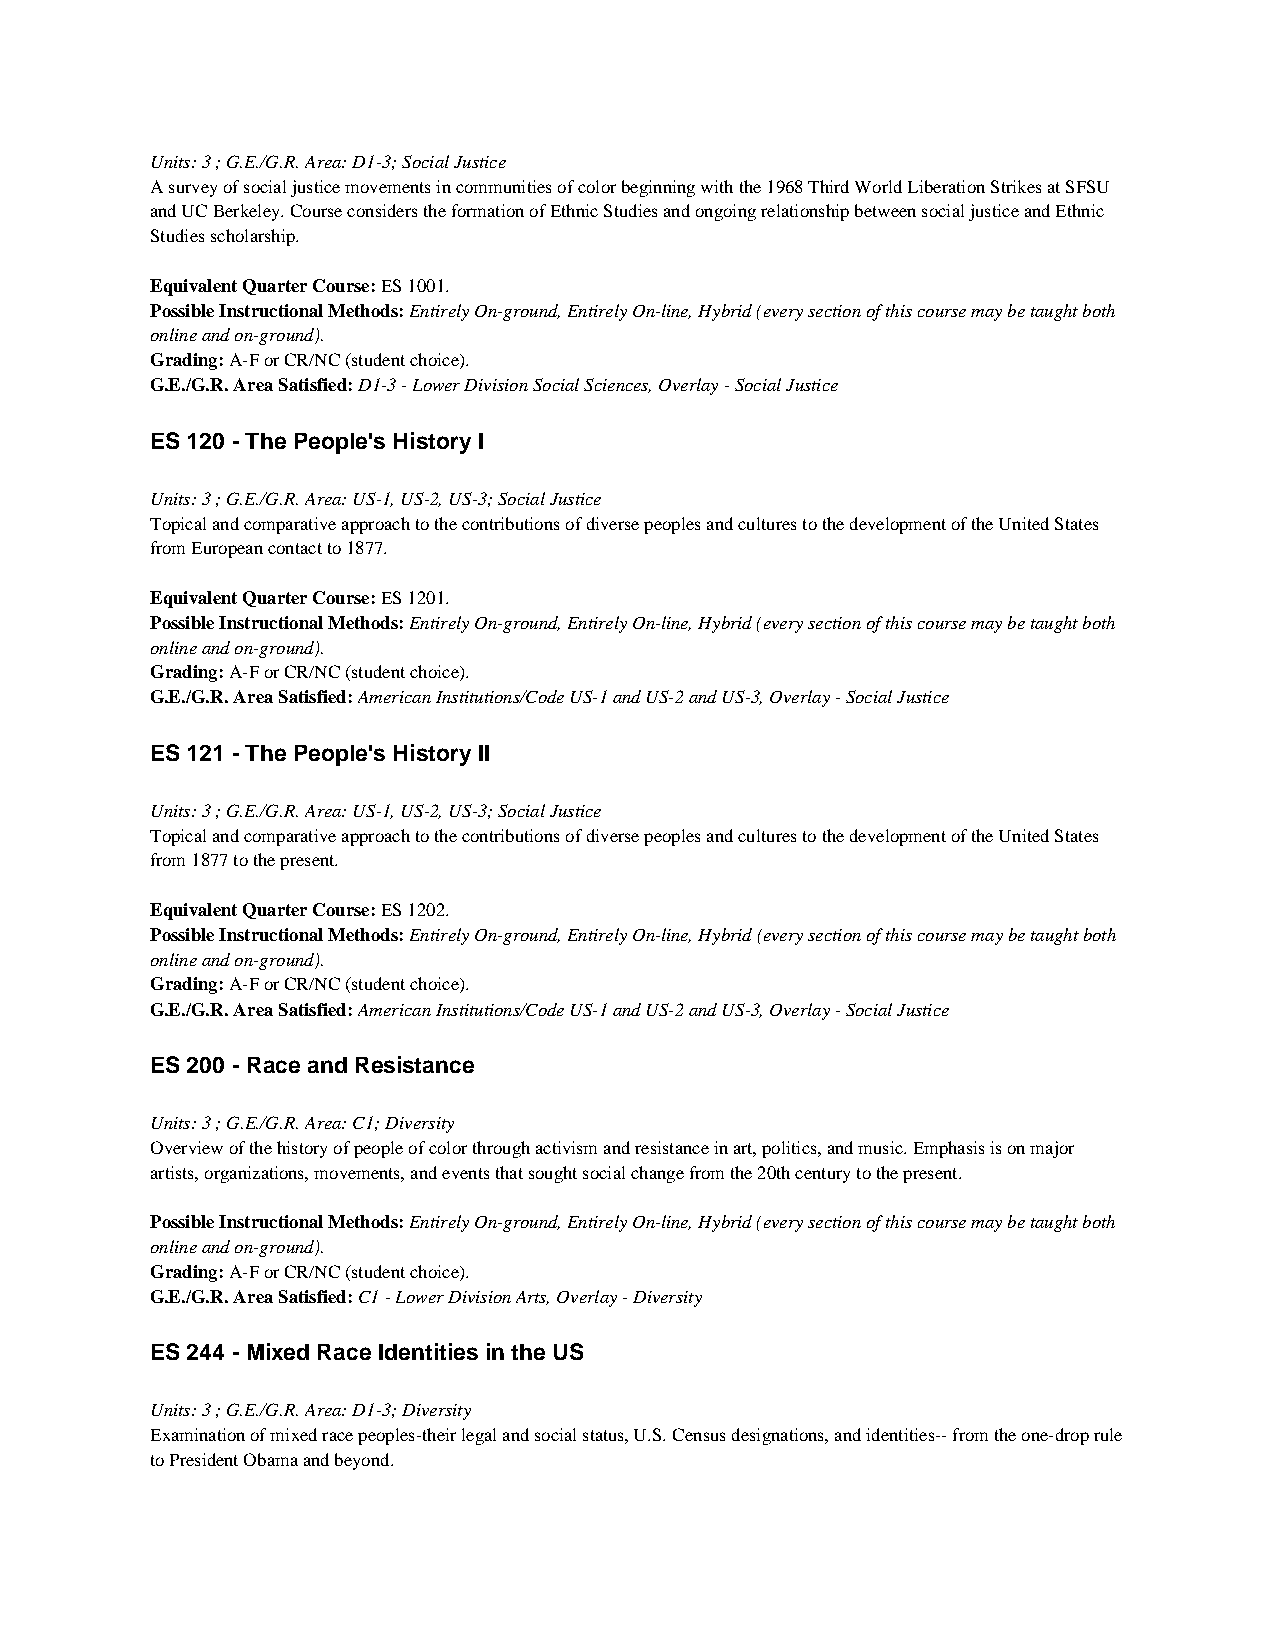
Units: 3 ; G.E./G.R. Area: D1-3; Social Justice
 A survey of social justice movements in communities of color beginning with the 1968 Third World Liberation Strikes at SFSU
 and UC Berkeley. Course considers the formation of Ethnic Studies and ongoing relationship between social justice and Ethnic
 Studies scholarship.
 Equivalent Quarter Course: ES 1001.
 Possible Instructional Methods: Entirely On-ground, Entirely On-line, Hybrid (every section of this course may be taught both
 online and on-ground).
 Grading: A-F or CR/NC (student choice).
 G.E./G.R. Area Satisfied: D1-3 - Lower Division Social Sciences, Overlay - Social Justice
 ES 120 - The People's History I
 Units: 3 ; G.E./G.R. Area: US-1, US-2, US-3; Social Justice
 Topical and comparative approach to the contributions of diverse peoples and cultures to the development of the United States
 from European contact to 1877.
 Equivalent Quarter Course: ES 1201.
 Possible Instructional Methods: Entirely On-ground, Entirely On-line, Hybrid (every section of this course may be taught both
 online and on-ground).
 Grading: A-F or CR/NC (student choice).
 G.E./G.R. Area Satisfied: American Institutions/Code US-1 and US-2 and US-3, Overlay - Social Justice
 ES 121 - The People's History II
 Units: 3 ; G.E./G.R. Area: US-1, US-2, US-3; Social Justice
 Topical and comparative approach to the contributions of diverse peoples and cultures to the development of the United States
 from 1877 to the present.
 Equivalent Quarter Course: ES 1202.
 Possible Instructional Methods: Entirely On-ground, Entirely On-line, Hybrid (every section of this course may be taught both
 online and on-ground).
 Grading: A-F or CR/NC (student choice).
 G.E./G.R. Area Satisfied: American Institutions/Code US-1 and US-2 and US-3, Overlay - Social Justice
 ES 200 - Race and Resistance
 Units: 3 ; G.E./G.R. Area: C1; Diversity
 Overview of the history of people of color through activism and resistance in art, politics, and music. Emphasis is on major
 artists, organizations, movements, and events that sought social change from the 20th century to the present.
 Possible Instructional Methods: Entirely On-ground, Entirely On-line, Hybrid (every section of this course may be taught both
 online and on-ground).
 Grading: A-F or CR/NC (student choice).
 G.E./G.R. Area Satisfied: C1 - Lower Division Arts, Overlay - Diversity
 ES 244 - Mixed Race Identities in the US
 Units: 3 ; G.E./G.R. Area: D1-3; Diversity
 Examination of mixed race peoples-their legal and social status, U.S. Census designations, and identities-- from the one-drop rule
 to President Obama and beyond.